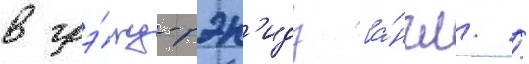
в грэ́нд-рэп'идз [а́нгл. /